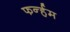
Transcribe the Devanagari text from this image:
फर्न्हम